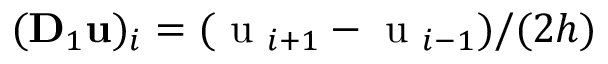
( \mathbf { D } _ { 1 } \mathbf { u } ) _ { i } = ( \mathrm { ~ u ~ } _ { i + 1 } - \mathrm { ~ u ~ } _ { i - 1 } ) / ( 2 h )